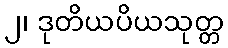
၂၊ ဒုတိယပိယသုတ္တ